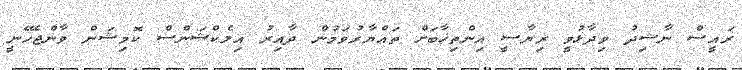
ރައީސް ނާޝިދު ވިދާޅުވީ ރިޔާސީ އިންތިޚާބަށް ތައްޔާރުވަމުން ދާއިރު އިލެކްޝަންސް ކޮމިޝަން ވާންޖެހޭނީ